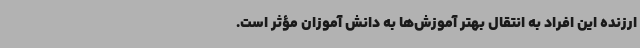
ارزنده این افراد به انتقال بهتر آموزش‌ها به دانش آموزان مؤثر است.